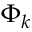
\Phi _ { k }